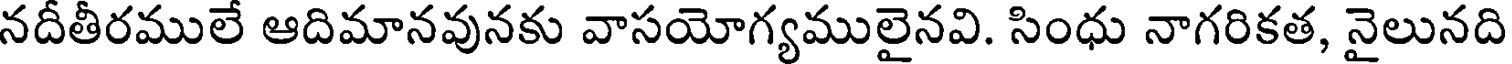
నదీతీరములే ఆదిమానవునకు వాసయోగ్యములైనవి. సింధు నాగరికత, నైలునది